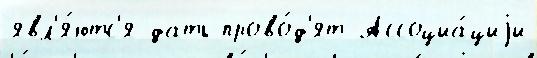
явл'я́ютс'я дать прово́д'ят Ассоциа́циjи